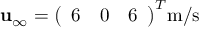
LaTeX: \mathbf { u } _ { \infty } = { \left( \begin{array} { l l l } { 6 } & { 0 } & { 6 } \end{array} \right) } ^ { T } { \mathrm { m / s } }